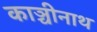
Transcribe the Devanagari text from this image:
काञ्चीनाथ